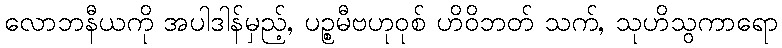
လောဘနီယကို အပါဒါန်မှည့်, ပဉ္စမီဗဟုဝုစ် ဟိဝိဘတ် သက်, သုဟိသွကာရော